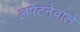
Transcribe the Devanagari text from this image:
लपेटनेवाले